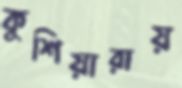
কুশিয়ারায়